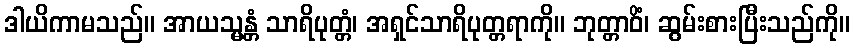
ဒါယိကာမသည်။ အာယသ္မန္တံ သာရိပုတ္တံ၊ အရှင်သာရိပုတ္တရာကို။ ဘုတ္တာဝိံ၊ ဆွမ်းစားပြီးသည်ကို။